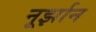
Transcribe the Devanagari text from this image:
नूर्झान